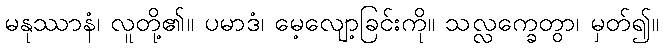
မနုဿာနံ၊ လူတို့၏။ ပမာဒံ၊ မေ့လျော့ခြင်းကို။ သလ္လက္ခေတွာ၊ မှတ်၍။